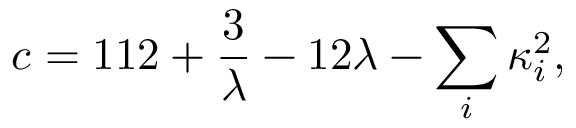
c = 1 1 2 + { \frac { 3 } { \lambda } } - 1 2 \lambda - \sum _ { i } \kappa _ { i } ^ { 2 } ,